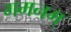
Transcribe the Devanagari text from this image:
गमनम्